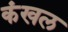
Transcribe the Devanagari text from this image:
कंखल